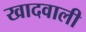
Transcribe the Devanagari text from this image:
खादवाली